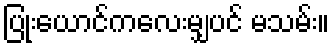
ပြုံးယောင်ကလေးမျှပင် မသမ်း။